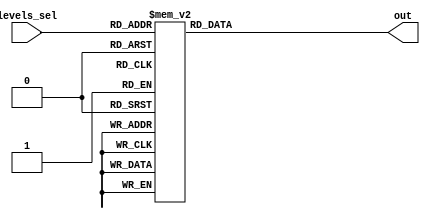
/*
   This file was generated automatically by the Mojo IDE version B1.3.6.
   Do not edit this file directly. Instead edit the original Lucid source.
   This is a temporary file and any changes made to it will be destroyed.
*/

module levels_mux_37 (
    input [2:0] levels_sel,
    output reg [15:0] out
  );
  
  
  
  always @* begin
    out = 16'h0000;
    
    case (levels_sel)
      1'h0: begin
        out = 16'h003f;
      end
      1'h1: begin
        out = 16'h0ae1;
      end
      2'h2: begin
        out = 16'h008f;
      end
      2'h3: begin
        out = 16'h0ceb;
      end
      3'h4: begin
        out = 16'h072d;
      end
      3'h5: begin
        out = 16'h0c3a;
      end
      3'h6: begin
        out = 16'h0c8a;
      end
      3'h7: begin
        out = 16'h0458;
      end
    endcase
  end
endmodule